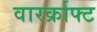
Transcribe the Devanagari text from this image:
वारर्क्राफ्ट